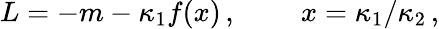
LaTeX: L=-m-\kappa_{1}f(x)\, ,\; \; \; \; \; \; \; \; x=\kappa_{1}/\kappa_{2}\, ,